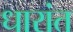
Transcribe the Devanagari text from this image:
धारांत